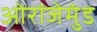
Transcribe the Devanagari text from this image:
ओरांजेमुंड